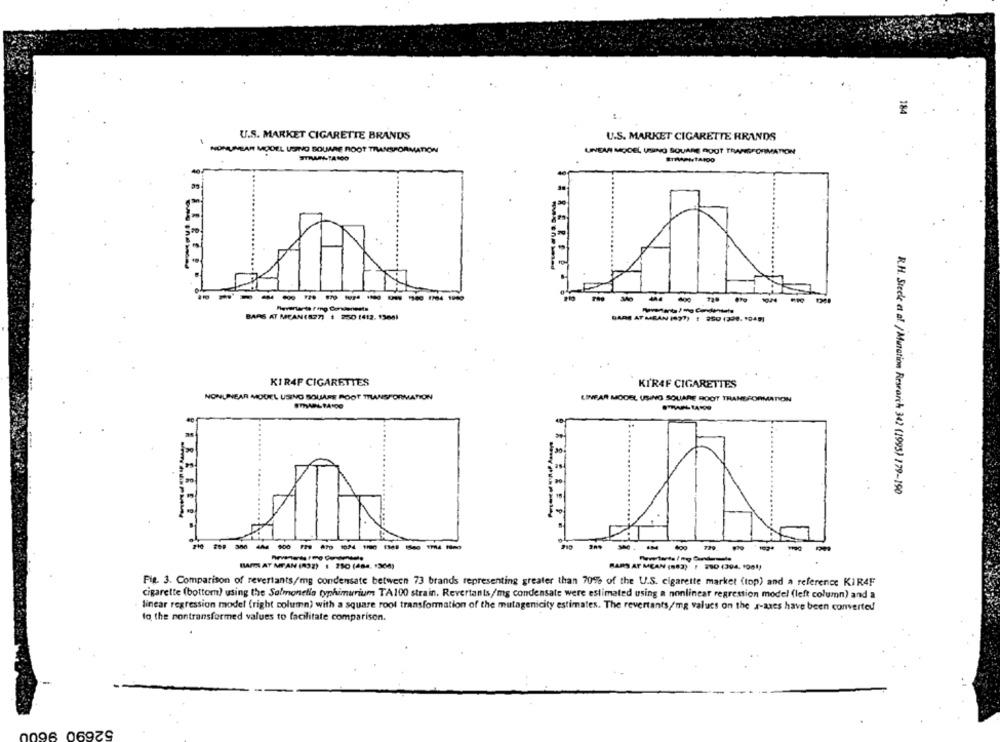
184
-
U.S. MARKET CIGARETTE BRANDS
U.S. MARKET CIGARETTE RRANDS
NONLINEAR MODEL USING SQUARE ROOT TRANSFORMATION
LINEAR MODEL USING SQUARE ROOT TRANSFORMATION
STRAPITANDO
------------
BARS AT MEAN(577) : 250 1412. 13081
DARE AT MEAN (997) : 260 1320. 1041
KIRAF CIGARETTES
KI'RAF CIGARETTES
NONLINEAR MOUEL USING SQUARE ROOT TRANSFORMATION
LINEAR MODEL USING SQUARE ROOT TRANSFORMATION
R.H. Stecke et al. / Mutation Research 342 (1995) 179-190
-------------
1190
-
IVARI AT MTAN (832) 1 250 (484. 1364)
BARS AT MEAN (883) | 280 (304. 1001)
Fig. 3. Comparison of revertants/mg condensate between 73 brands representing greater than 70% of the U.S. cigarette market (top) and a reference KIR4F
cigarette (bottom) using the Salmonella typhimurium TA100 strain. Revertants/mg condensate were estimated using a nonlinear regression model (left column) and a
linear regression model (right column) with a square root transformation of the mutagenicity estimates. The revertants,/mg values on the a-axes have been converted
fo the nontransformed values to facilitate comparison.
52690 960